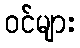
ဝင်များ